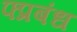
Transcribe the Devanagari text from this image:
फ्प्रबंध